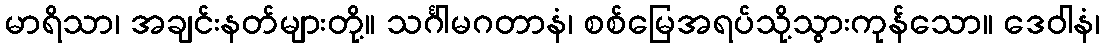
မာရိသာ၊ အချင်းနတ်များတို့။ သင်္ဂါမဂတာနံ၊ စစ်မြေအရပ်သို့သွားကုန်သော။ ဒေဝါနံ၊